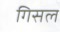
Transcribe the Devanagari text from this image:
गिसल